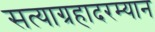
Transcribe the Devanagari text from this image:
सत्याग्रहादरम्यान